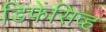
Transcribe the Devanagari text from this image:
डिफेंसिव्ह